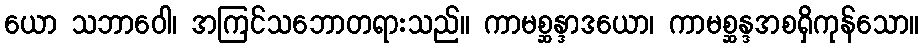
ယော သဘာဝေါ၊ အကြင်သဘောတရားသည်။ ကာမစ္ဆန္ဒာဒယော၊ ကာမစ္ဆန္ဒအစရှိကုန်သော။